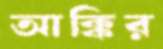
আক্কির